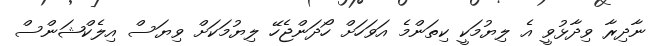
ނާދިރާ ވިދާޅުވީ އެ ލިޔުމަކީ ކިތަންމެ އަވަހަށް ހޯދަންޖެހޭ ލިޔުމަކަށް ވިޔަސް އިލެކްޝަންސް